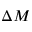
\Delta M